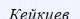
Кейкиев